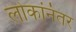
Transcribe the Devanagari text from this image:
लोकांनंतर